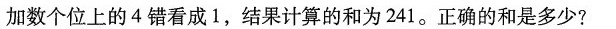
加数个位上的4错看成1，结果计算的和为241。正确的和是多少?